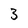
Character: 3